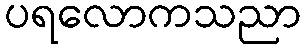
ပရလောကသညာ